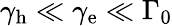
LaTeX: \gamma_{\textrm{h}}\ll\gamma_{\textrm{e}}\ll\Gamma_{0}